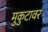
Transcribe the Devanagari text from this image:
मुकुटावर